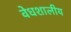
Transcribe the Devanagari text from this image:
वेधशालीय